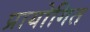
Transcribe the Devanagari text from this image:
प्रायोगित